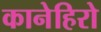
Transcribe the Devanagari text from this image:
कानेहिरो